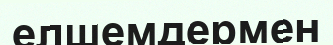
елшемдермен